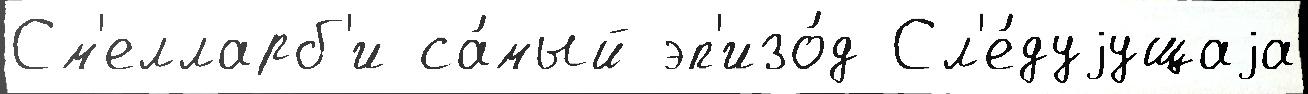
См'елларб'и са́мый эп'изо́д Сл'е́дуjущаjа